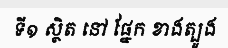
ទី១ ស្ថិត នៅ ផ្នែក ខាងត្បូង